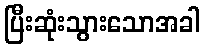
ပြီးဆုံးသွားသောအခါ